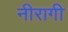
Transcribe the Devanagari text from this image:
नीरागी